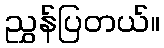
ညွှန်ပြတယ်။